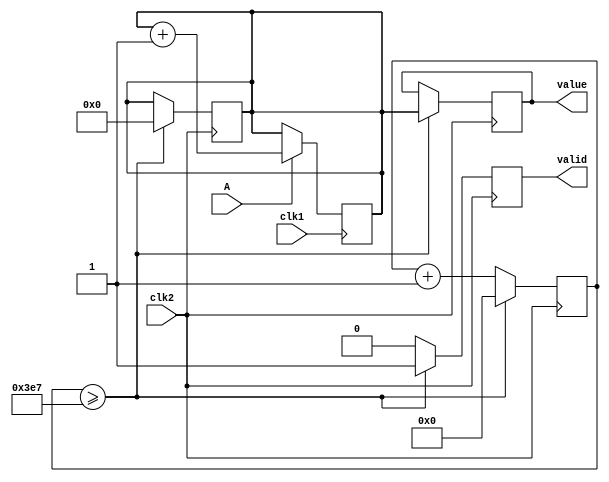
`timescale 1ns / 1ps

module cd2(
    input wire clk1,
    input wire clk2,
    input wire A,
    
    output reg [11:0] value,
    output reg valid
);
    reg [15:0] i = 0;
    reg [11:0] val_A = 0;
    
    always @(posedge clk1)
    begin
        if (A == 1)
        begin
            val_A <= val_A + 1;
        end
    end
    
    always @(posedge clk2)
    begin
        valid <= 0;
        i <= i + 1;
        if (i >= 999)
        begin
            i <= 0;
            value <= val_A;
            valid <= 1;
            val_A <= 0;
        end
    end
    
    initial
    begin
        value <= 0;
        valid <= 0;
    end
endmodule